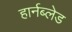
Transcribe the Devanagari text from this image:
हार्नब्लेड